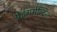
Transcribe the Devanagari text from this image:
प्रेइंगमेन्टिस